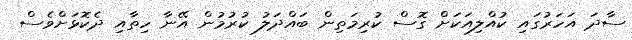
ސާދަ އަހަރުގައި ކުއްލިއަކަށް ގޮސް ކުރިމަތިން ބައްދަލު ކުރުމުން އޭނާ ހިތާއި ދެކޮޅަށްވެސް